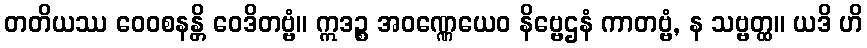
တတိယဿ ဝေဝစနန္တိ ဝေဒိတဗ္ဗံ။ ဣဒဉ္စ အဝဏ္ဏေယေဝ နိဗ္ဗေဌနံ ကာတဗ္ဗံ, န သဗ္ဗတ္ထ။ ယဒိ ဟိ